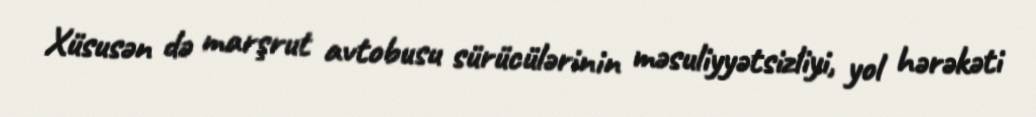
Xüsusən də marşrut avtobusu sürücülərinin məsuliyyətsizliyi, yol hərəkəti